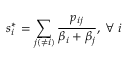
s _ { i } ^ { * } = \sum _ { j ( \neq i ) } \frac { p _ { i j } } { \beta _ { i } + \beta _ { j } } , \: \forall \: i